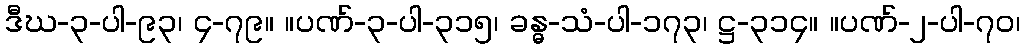
ဒီဃ-၃-ပါ-၉၃၊ ၄-၇၉။ ။ပဏ်-၃-ပါ-၃၁၅၊ ခန္ဓ-သံ-ပါ-၁၇၃၊ ဋ္ဌ-၃၁၄။ ။ပဏ်-၂-ပါ-၇၀၊